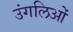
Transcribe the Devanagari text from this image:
उंगलिओं